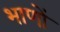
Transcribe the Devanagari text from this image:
भाणों